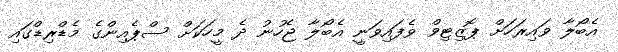
އެބޯލާ ވައިރަހަށް ޕޮޒިޓިވް ވެފައިވަނީ އެބޯލާ ޖެހުނު ދެ މީހަކަށް ސްޕެއިންގެ މެޑްރިޑްގައި